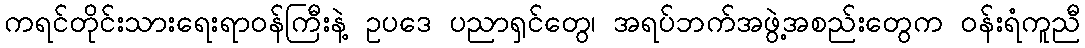
ကရင်တိုင်းသားရေးရာဝန်ကြီးနဲ့ ဥပဒေ ပညာရှင်တွေ၊ အရပ်ဘက်အဖွဲ့အစည်းတွေက ဝန်းရံကူညီ